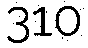
310